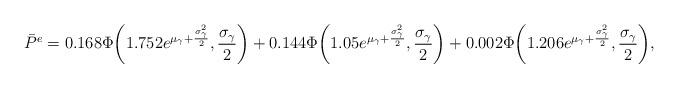
LaTeX: \begin{align*}\bar{P}_{}^e = 0.168 \Phi\bigg(1.752{e^{{\mu _\gamma } + \frac{{\sigma _\gamma ^2}}{2}}},\frac{{{\sigma _\gamma }}}{2}\bigg)+ 0.144\Phi\bigg(1.05{e^{{\mu _\gamma } + \frac{{\sigma _\gamma ^2}}{2}}},\frac{{{\sigma _\gamma }}}{2}\bigg) + 0.002\Phi\bigg(1.206{e^{{\mu _\gamma } + \frac{{\sigma _\gamma ^2}}{2}}},\frac{{{\sigma _\gamma }}}{2}\bigg),\end{align*}